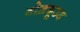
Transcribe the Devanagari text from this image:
नोख़दूउद